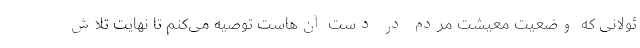
ئولانی که وضعیت معیشت مردم در دست آن‌هاست توصیه می‌کنم تا نهایت تلاش